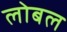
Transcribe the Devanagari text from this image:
लोबल